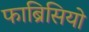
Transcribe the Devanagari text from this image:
फाब्रिसियो